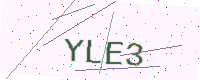
Text: YLE3